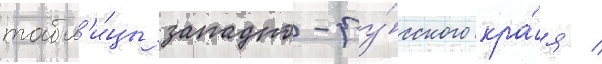
табл'и́цы западно-ру́сского кра́я /